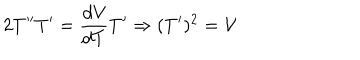
LaTeX: 2 T ^ { \prime \prime } T ^ { \prime } = \frac { d \mathcal { V } } { d T } T ^ { \prime } \Rightarrow ( T ^ { \prime } ) ^ { 2 } = \mathcal { V }